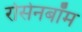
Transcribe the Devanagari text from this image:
रोसेनबॉम